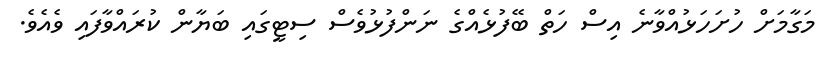
މަގާމަށް ހުށަހަޅުއްވާނެ އިސް ހަތް ބޭފުޅެއްގެ ނަންފުޅުވެސް ސިޓީގައި ބަޔާން ކުރައްވާފައި ވެއެވެ.